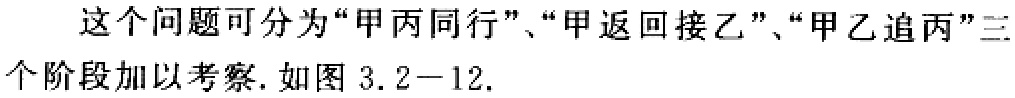
这个问题可分为“甲丙同行”、“甲返回接乙”、“甲乙追丙”三个阶段加以考察. 如图 3.2 - 12.